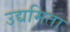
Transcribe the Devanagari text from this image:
उद्यमिता